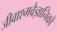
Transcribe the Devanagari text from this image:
जीवाश्मवैज्ञानिकों